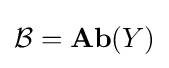
{\textstyle {\mathcal {B}}=\mathbf {Ab} (Y)}